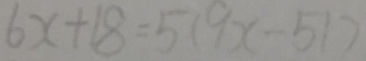
6 x + 1 8 = 5 ( 9 x - 5 1 )